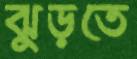
ঝুড়তে